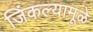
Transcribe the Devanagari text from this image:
जिंकल्यामूळे